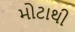
મોટાથી